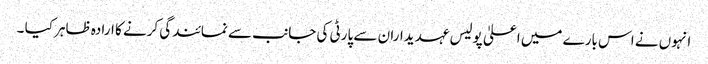
انہوں نے اس بارے میں اعلیٰ پولیس عہدیداران سے پارٹی کی جانب سے نمائندگی کرنے کا ارادہ ظاہر کیا ۔